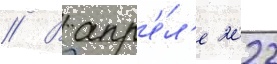
// В апр'е́л'е 2022